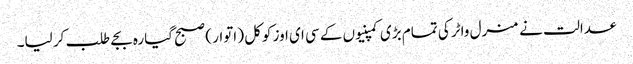
عدالت نے منرل واٹر کی تمام بڑی کمپنیوں کے سی ای اوز کوکل ( اتوار ) صبح گیارہ بجے طلب کر لیا۔